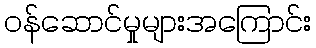
ဝန်ဆောင်မှုများအကြောင်း